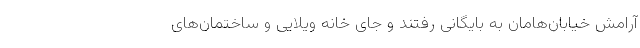
آرامش خیابان‌هامان به بایگانی رفتند و جای خانه ویلایی و ساختمان‌های